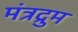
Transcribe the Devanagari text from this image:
मंत्रद्रुम